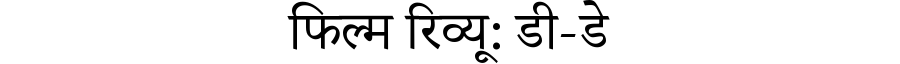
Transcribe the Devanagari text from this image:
फिल्म रिव्यू: डी-डे